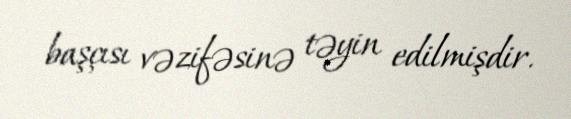
başçısı vəzifəsinə təyin edilmişdir.